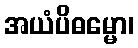
အယံပိဓမ္မော၊